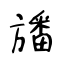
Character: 旙